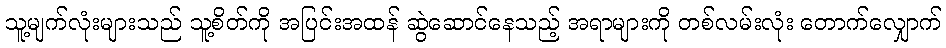
သူ့မျက်လုံးများသည် သူ့စိတ်ကို အပြင်းအထန် ဆွဲဆောင်နေသည့် အရာများကို တစ်လမ်းလုံး တောက်လျှောက်